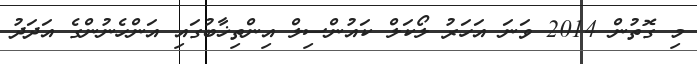
މި ގޮތުން 2014 ވަނަ އަހަރު ލޯކަލް ކައުންސިލް އިންތިޚާބުގައި އަންހެނުންގެ އަދަދު